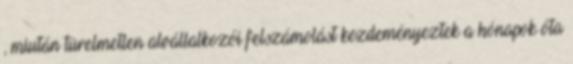
, miután türelmetlen alvállalkozói felszámolást kezdeményeztek a hónapok óta